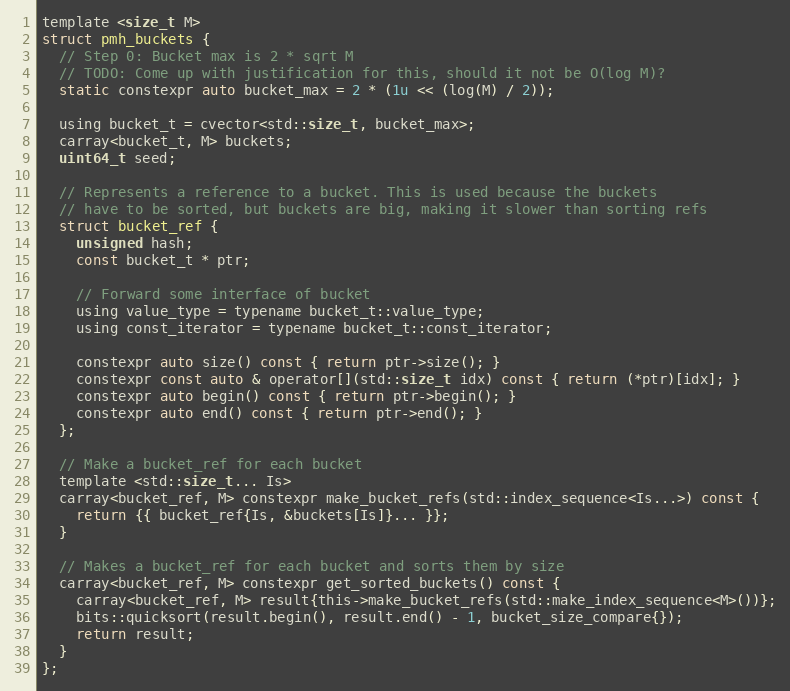
Language: C
template <size_t M>
struct pmh_buckets {
  // Step 0: Bucket max is 2 * sqrt M
  // TODO: Come up with justification for this, should it not be O(log M)?
  static constexpr auto bucket_max = 2 * (1u << (log(M) / 2));

  using bucket_t = cvector<std::size_t, bucket_max>;
  carray<bucket_t, M> buckets;
  uint64_t seed;

  // Represents a reference to a bucket. This is used because the buckets
  // have to be sorted, but buckets are big, making it slower than sorting refs
  struct bucket_ref {
    unsigned hash;
    const bucket_t * ptr;

    // Forward some interface of bucket
    using value_type = typename bucket_t::value_type;
    using const_iterator = typename bucket_t::const_iterator;

    constexpr auto size() const { return ptr->size(); }
    constexpr const auto & operator[](std::size_t idx) const { return (*ptr)[idx]; }
    constexpr auto begin() const { return ptr->begin(); }
    constexpr auto end() const { return ptr->end(); }
  };

  // Make a bucket_ref for each bucket
  template <std::size_t... Is>
  carray<bucket_ref, M> constexpr make_bucket_refs(std::index_sequence<Is...>) const {
    return {{ bucket_ref{Is, &buckets[Is]}... }};
  }

  // Makes a bucket_ref for each bucket and sorts them by size
  carray<bucket_ref, M> constexpr get_sorted_buckets() const {
    carray<bucket_ref, M> result{this->make_bucket_refs(std::make_index_sequence<M>())};
    bits::quicksort(result.begin(), result.end() - 1, bucket_size_compare{});
    return result;
  }
};